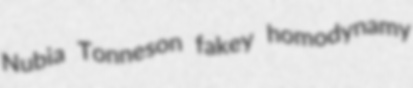
Nubia Tonneson fakey homodynamy